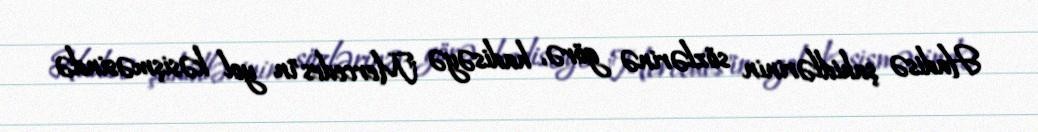
Hadisə şahidlərinin sözlərinə görə, hadisəyə "Mercedes"in yol kəsişməsində